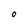
Character: O